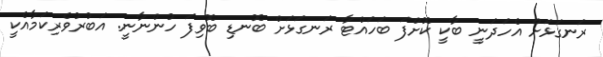
ރަނގަޅަށް އެހަދަނީ ބާކީ ކޮށްފަ ބަހައްޓާ ރަނގަޅަށް ބޮނޑި ބޮވިފަ ހުންނާނީ. އަބުރުވެރިކަމާއެކީ